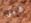
قبل